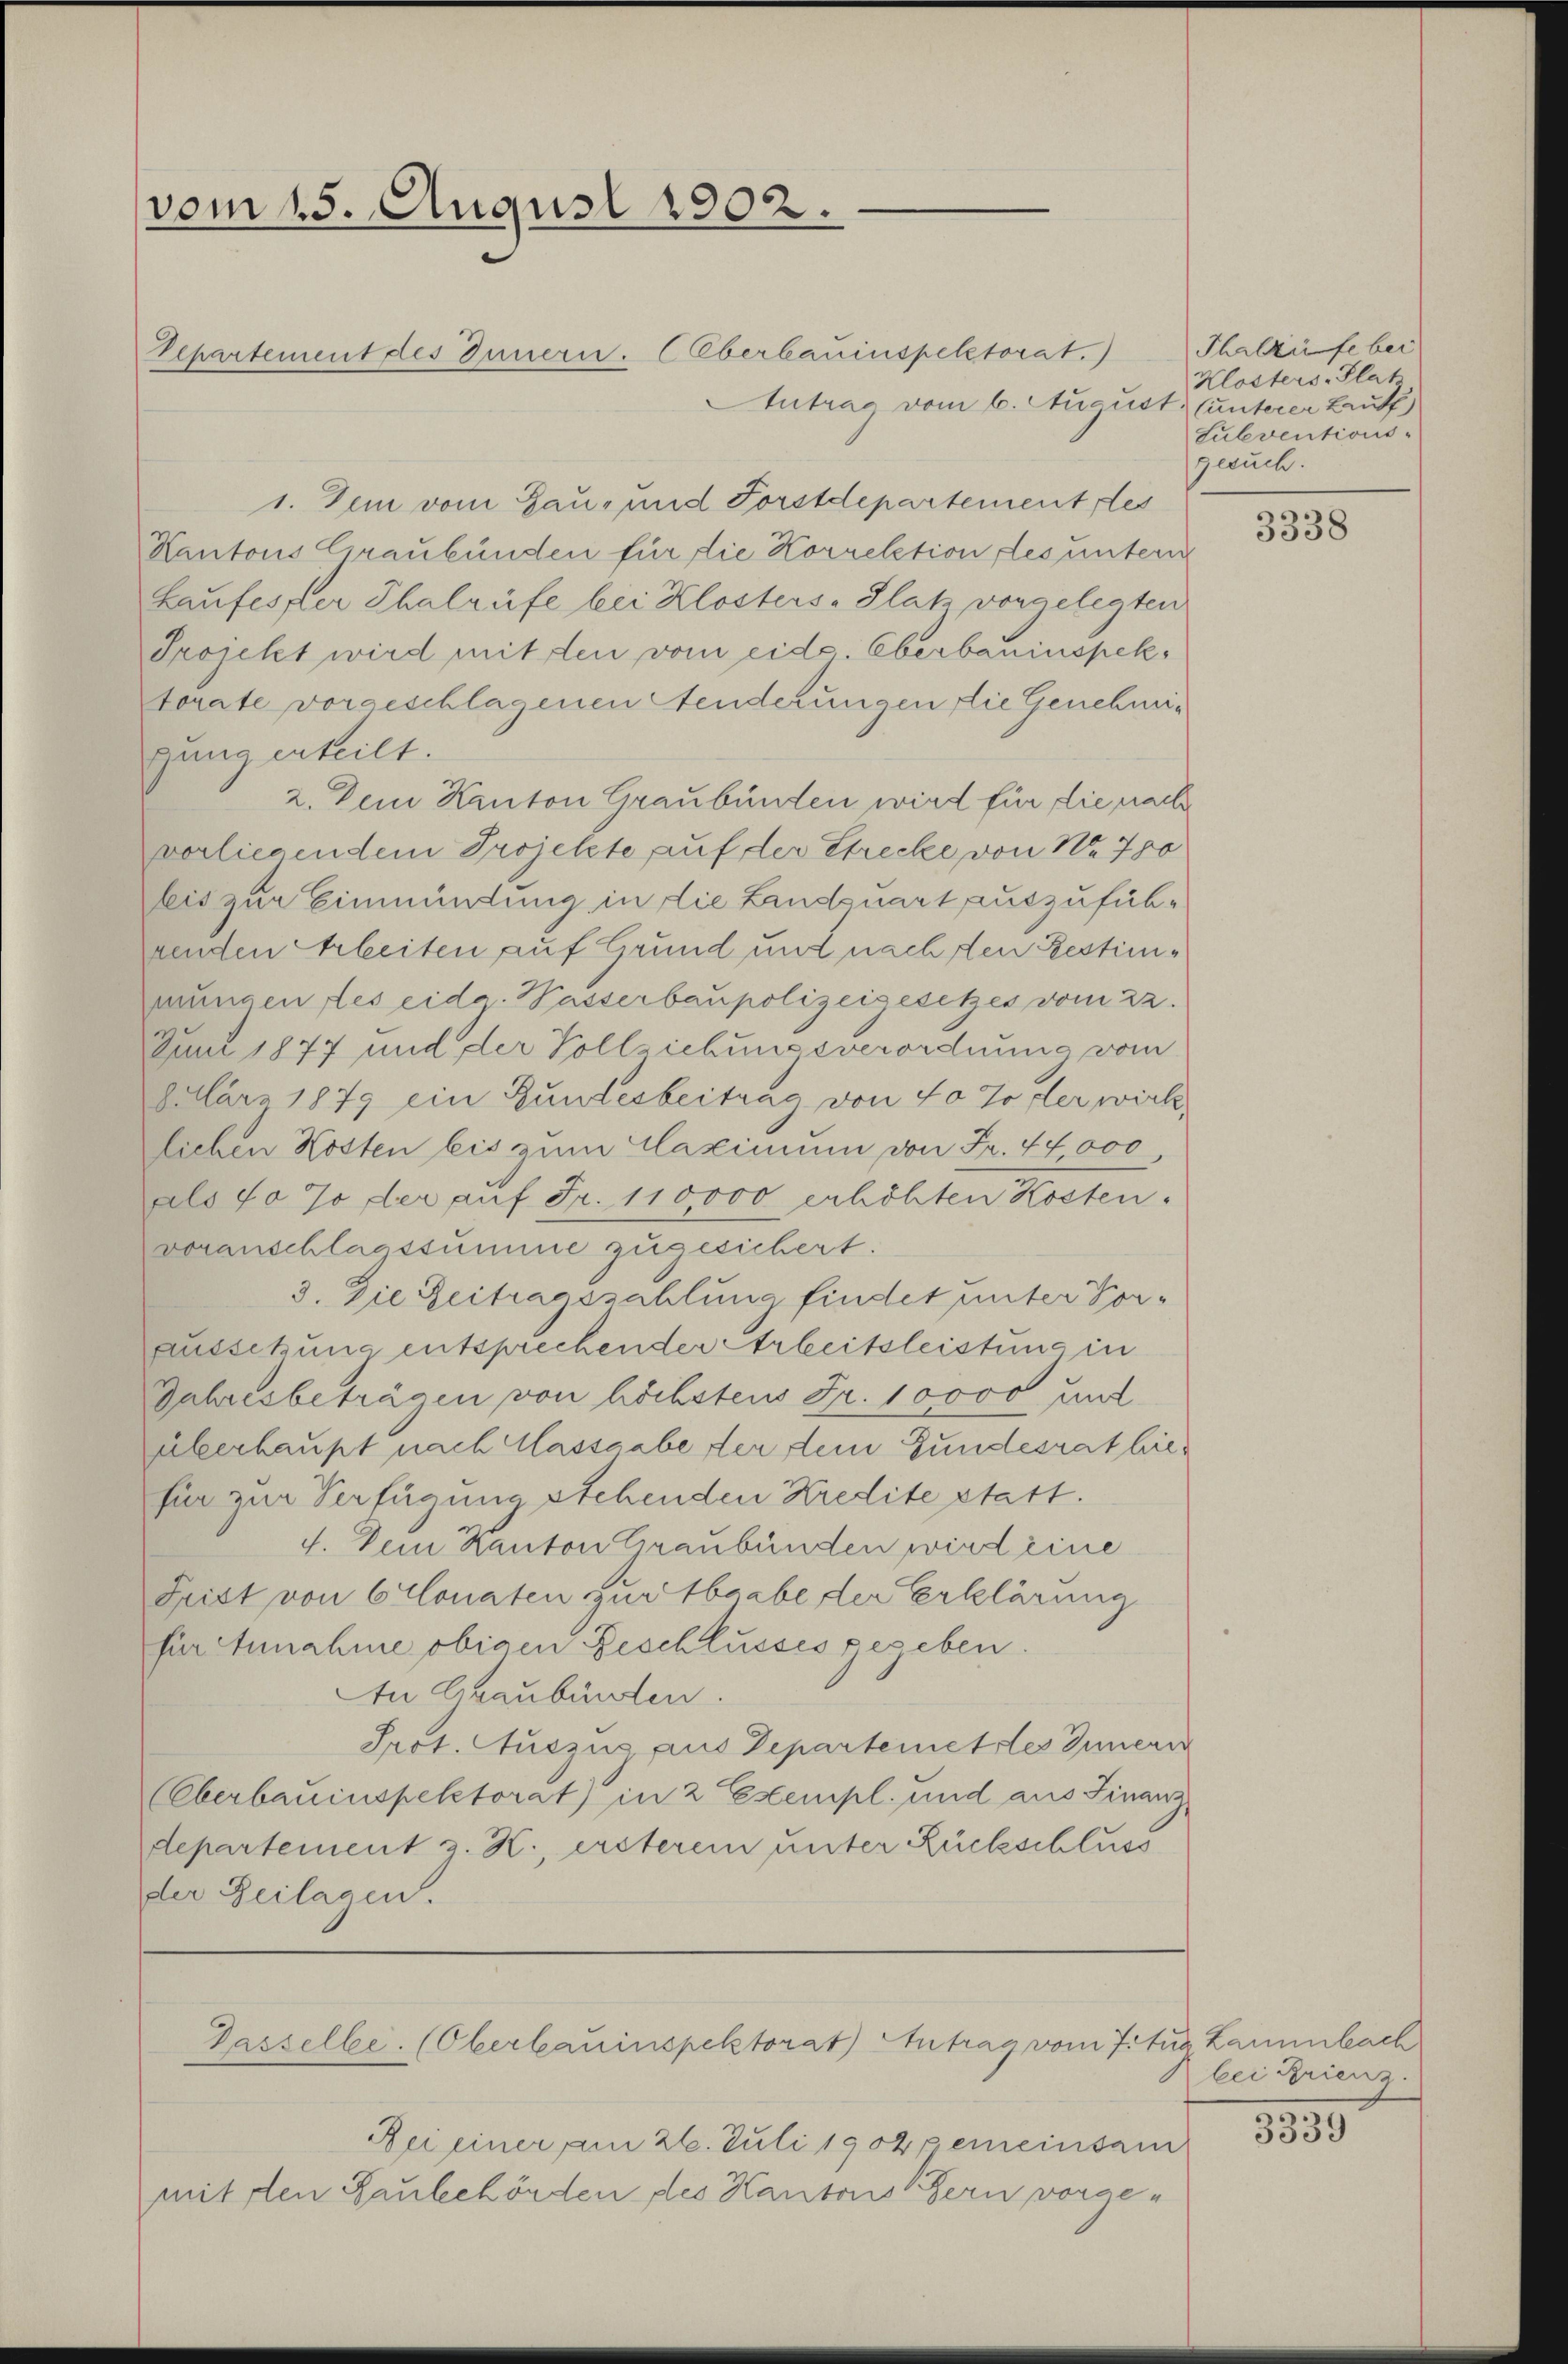
vom 15. August 1902.

Departement des Innern. Oberbauinspektorat.)
Intrag vom 6. August (unterer Lauff
1. Dem vom Hau- und Forstdepartement des
Kantons Graubünden für die Korrektion des untern
Haufester Thalrüfe bei Klosters-Platz vorgelegten
Projekt wird mit den vom eide. Oberbauinspektorate vorgeschlagenen Aenderungen die Genehmig
gung erteilt.
2. Den Kanton Graubünden wird für die nach
vorliegendem Projekte auf der Strecke von No 780
bis zur Einmündung in die Landquart auszuführenden Arbeiten auf Grund und nach den Restimmungen des eidg. Wasserbaupolizeigesetzes vom 22.
Juni 1877 und der Vollziehungsverordnung vom
culars 1879 ein Gundesbeitrag von 40 so der wirk
lichen Kosten bis zum Maximum von Fr. 44000,
als 70 % der auf Fr. 110000 erhöhten Kosten.
voranschlagssumme zugesichert.
3. Die Zeitragszahlung findet unter Vorausschung entsprechender Erbeitsleistung in
Jahresbeträgen von höchstens Fr. 10000 und
überhaupt nach Massgabe der dem Gundesrat hiefür zur Verfügung stehenden Kredite statt.
4. Dein Kanton Graubünden wird eine
Frist von Cronaten gurtbrabe der Erklärung
für Annahme obigen Geschlusses gegeben.
An Graubünden.
Prot. Auszus aus Departemettes Innern
(Oberbauinspektorat) in 2 Exempl. und aus Finanzdepartement z. K., ersterem unter Rückschluss
der Zeilagen.

Gasselbe. (Oberbauinspektorat Antrag vom 7. Zug Zammbach

Bei einer am 26. Juli 1902 gemeinsam
mit den Laubehörden des Kantons Bern vorge¬

Thalzüfe bei
Klosters-Plat
Subventions-
gesuch.

3338

bei Trienz.

3339